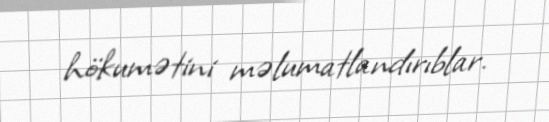
hökumətini məlumatlandırıblar.